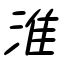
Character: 淮